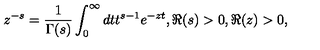
z ^ { - s } = \frac { 1 } { \Gamma ( s ) } \int _ { 0 } ^ { \infty } d t t ^ { s - 1 } e ^ { - z t } , \Re ( s ) > 0 , \Re ( z ) > 0 ,